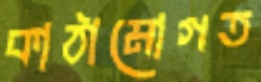
কাঠামোগত